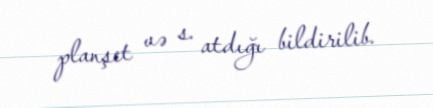
planşet və s. atdığı bildirilib.